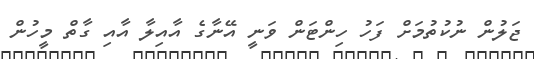
ޖަލުން ނުކުތުމަށް ފަހު ހިންޓަން ވަނީ އޭނާގެ އާއިލާ އާއި ގާތް މީހުން